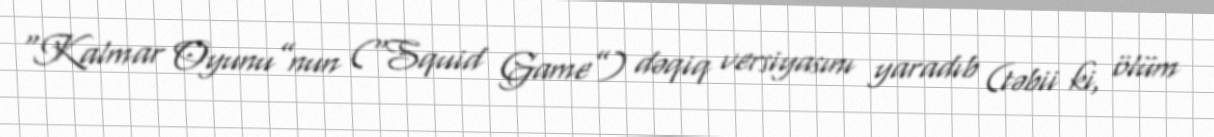
“Kalmar Oyunu”nun (“Squid Game”) dəqiq versiyasını yaradıb (təbii ki, ölüm